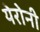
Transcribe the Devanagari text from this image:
येरोनी